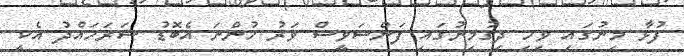
ފުޅާ މިނުގައި ވިހި ދިގުމިނުގައި ފަންސަވީސް ވަރު ހުންނަ އެބޮޑު ސަރަހައްދު އެކީ